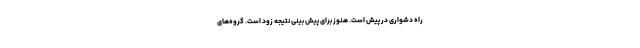
راه دشواری در پیش است. هنوز برای پیش بینی نتیجه زود است. گروه‌های